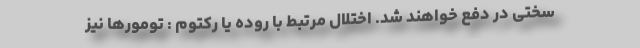
سختی در دفع خواهند شد. اختلال مرتبط با روده یا رکتوم : تومورها نیز